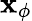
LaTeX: \mathbf{x}_{\phi}